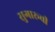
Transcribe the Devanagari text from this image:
सुगारूची